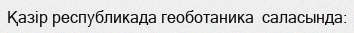
Қазір республикада геоботаника  саласында: